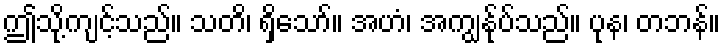
ဤသို့ကျင့်သည်။ သတိ၊ ရှိသော်။ အဟံ၊ အကျွန်ုပ်သည်။ ပုန၊ တဘန်။